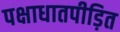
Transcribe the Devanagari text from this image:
पक्षाधातपीड़ित